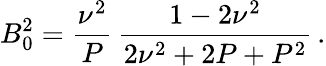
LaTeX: B_{0}^{2}=\frac{\nu^{2}}{P}\, \frac{1-2\nu^{2}}{2\nu^{2}+2P+P^{2}}\, .